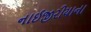
નાઈજીરીયાના